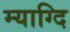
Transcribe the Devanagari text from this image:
म्याग्दि